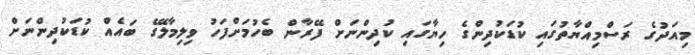
މިއަދުގެ ރަސްމިއްޔާތުގައި ކުޑަކުދިންގެ ހިޔާގައި ކުދިންނަށް ފޭރާން ބެހުމަށްފަހު ވިލިމާލޭގެ ބައެއް ކުޑަކުދިންނަށް